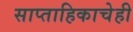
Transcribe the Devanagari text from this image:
साप्ताहिकाचेही